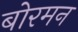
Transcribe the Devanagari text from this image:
बोरमन